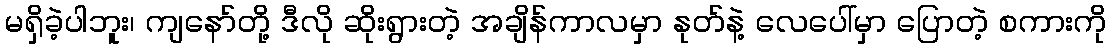
မရှိခဲ့ပါဘူး၊ ကျနော်တို့ ဒီလို ဆိုးရွားတဲ့ အချိန်ကာလမှာ နုတ်နဲ့ လေပေါ်မှာ ပြောတဲ့ စကားကို